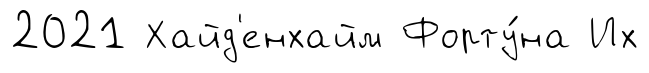
2021 Хайд'енхайм Форту́на Их